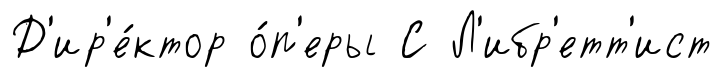
Д'ир'е́ктор о́п'еры С Л'ибр'етт'ист